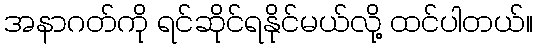
အနာဂတ်ကို ရင်ဆိုင်ရနိုင်မယ်လို့ ထင်ပါတယ်။